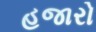
હજારો